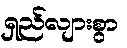
ရှည်လျားစွာ